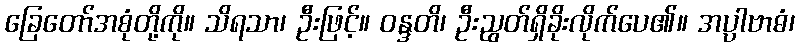
ခြေတော်အစုံတို့ကို။ သိရသာ၊ ဦးဖြင့်။ ဝန္ဒတိ၊ ဦးညွတ်ရှိခိုးလိုက်ပေ၏။ အပ္ပါဗာဓံ၊